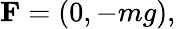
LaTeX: \mathbf{F}=(0,-mg),